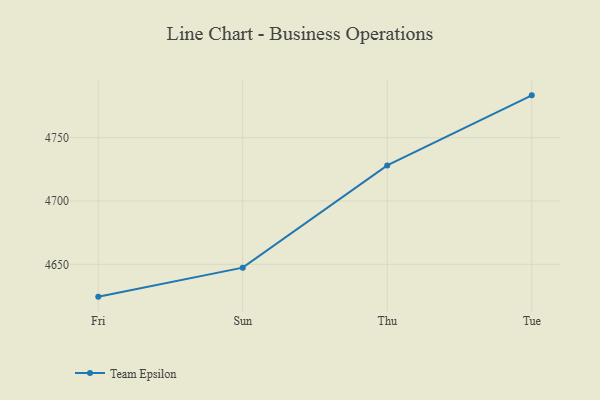
{"axis": {"x": "Day", "y": "Waste Production (Tons)"}, "legend": ["Team Epsilon"], "data": [{"x": "Fri", "y": 4624.5, "type": "Team Epsilon"}, {"x": "Sun", "y": 4647.4, "type": "Team Epsilon"}, {"x": "Thu", "y": 4728.1, "type": "Team Epsilon"}, {"x": "Tue", "y": 4783.4, "type": "Team Epsilon"}]}